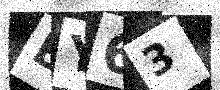
Text: EY63